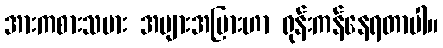
အားကစားသမား အများအပြားဟာ ရုန်းကန်နေရတာပါ။